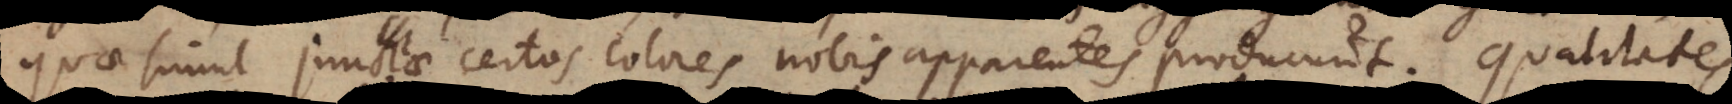
quae simul junctae certos colores nobis apparentes producunt. Qualitates